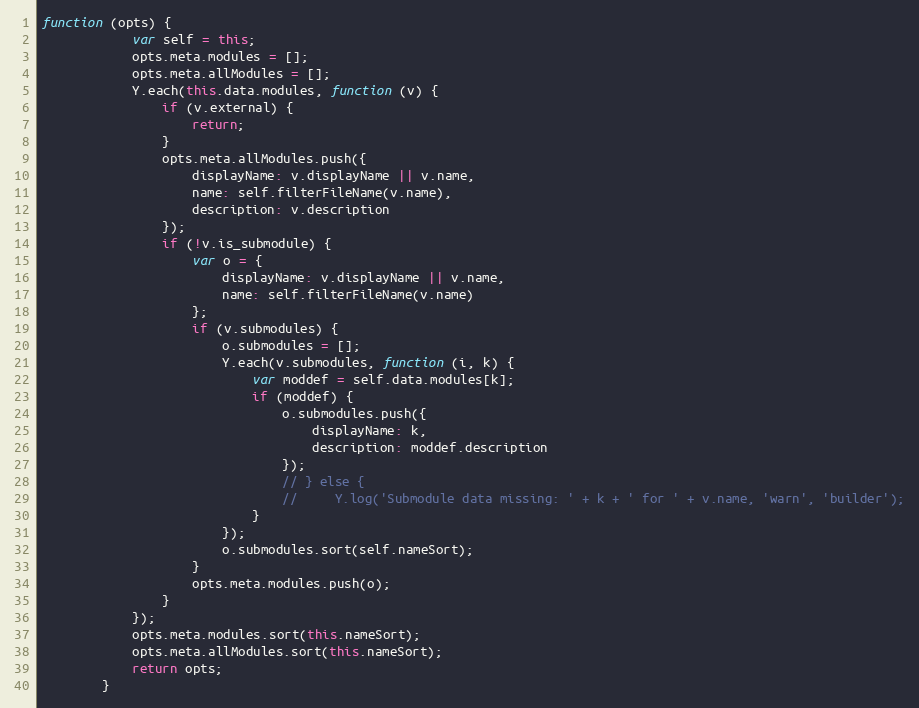
Language: JavaScript
function (opts) {
            var self = this;
            opts.meta.modules = [];
            opts.meta.allModules = [];
            Y.each(this.data.modules, function (v) {
                if (v.external) {
                    return;
                }
                opts.meta.allModules.push({
                    displayName: v.displayName || v.name,
                    name: self.filterFileName(v.name),
                    description: v.description
                });
                if (!v.is_submodule) {
                    var o = {
                        displayName: v.displayName || v.name,
                        name: self.filterFileName(v.name)
                    };
                    if (v.submodules) {
                        o.submodules = [];
                        Y.each(v.submodules, function (i, k) {
                            var moddef = self.data.modules[k];
                            if (moddef) {
                                o.submodules.push({
                                    displayName: k,
                                    description: moddef.description
                                });
                                // } else {
                                //     Y.log('Submodule data missing: ' + k + ' for ' + v.name, 'warn', 'builder');
                            }
                        });
                        o.submodules.sort(self.nameSort);
                    }
                    opts.meta.modules.push(o);
                }
            });
            opts.meta.modules.sort(this.nameSort);
            opts.meta.allModules.sort(this.nameSort);
            return opts;
        }